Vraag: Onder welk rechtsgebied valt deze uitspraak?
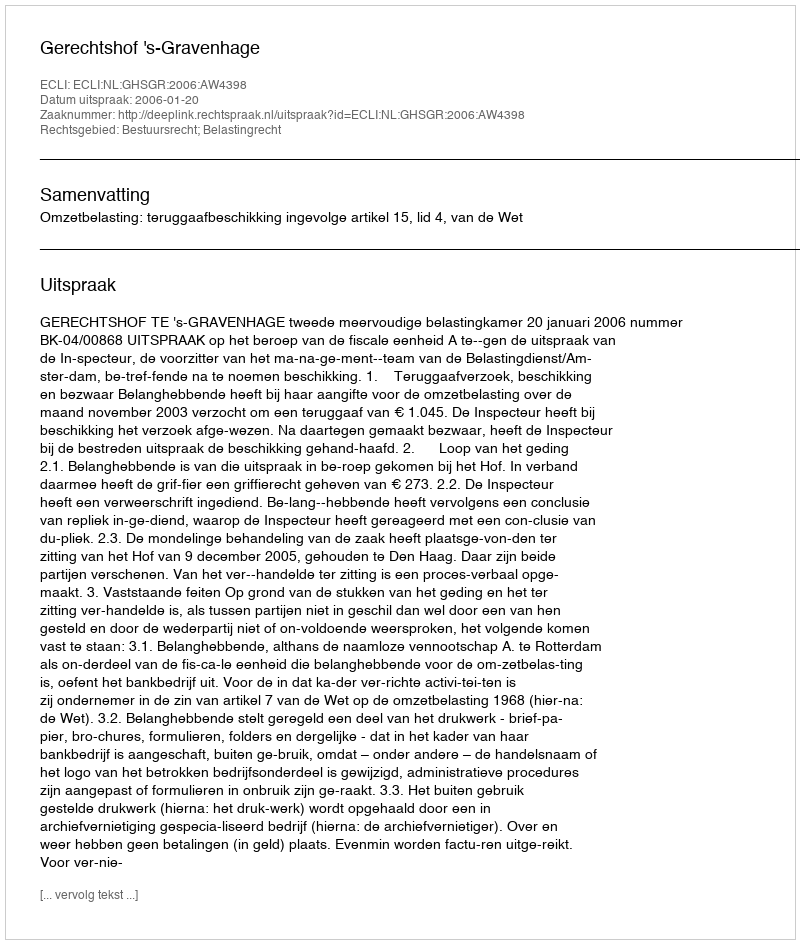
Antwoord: Bestuursrecht; Belastingrecht